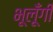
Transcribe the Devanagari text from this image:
भूलूँगी